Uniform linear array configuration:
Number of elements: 24
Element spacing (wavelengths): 0.75
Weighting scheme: kaiser
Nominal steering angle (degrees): -60
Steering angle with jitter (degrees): -60.586
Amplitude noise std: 0.05
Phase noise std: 0.05

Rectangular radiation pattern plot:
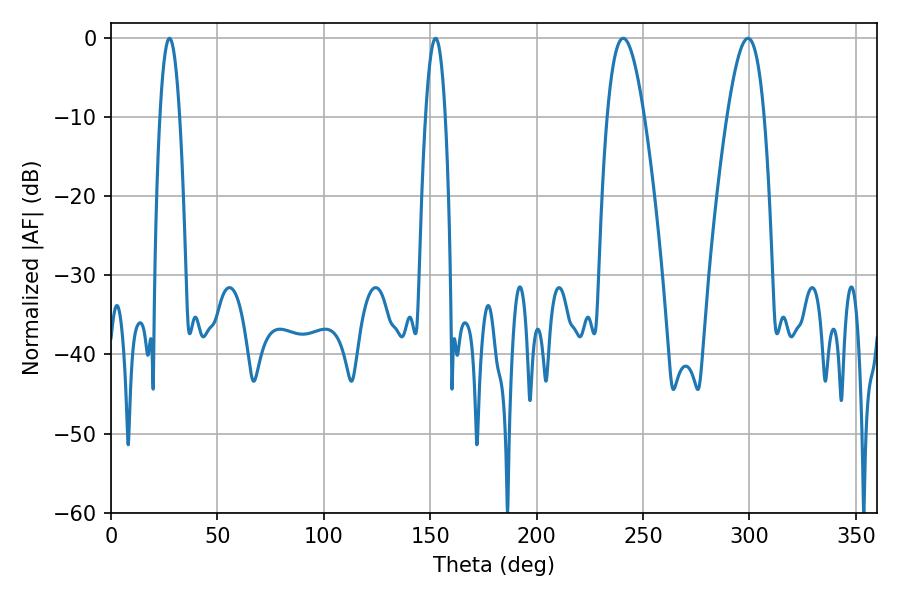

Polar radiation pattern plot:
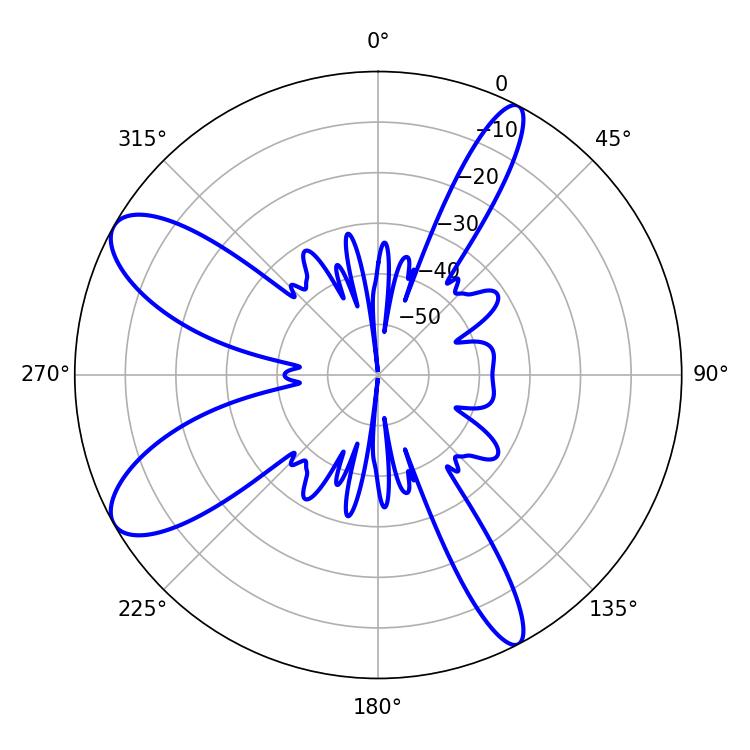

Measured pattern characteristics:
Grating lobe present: TRUE
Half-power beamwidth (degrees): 9.36
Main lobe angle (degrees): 240.66